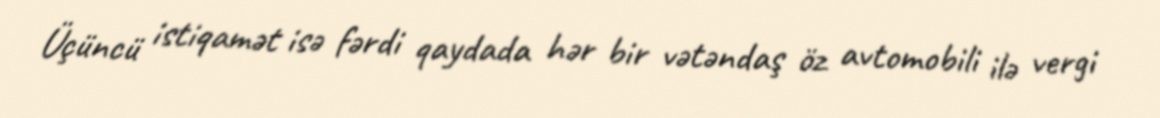
Üçüncü istiqamət isə fərdi qaydada hər bir vətəndaş öz avtomobili ilə vergi